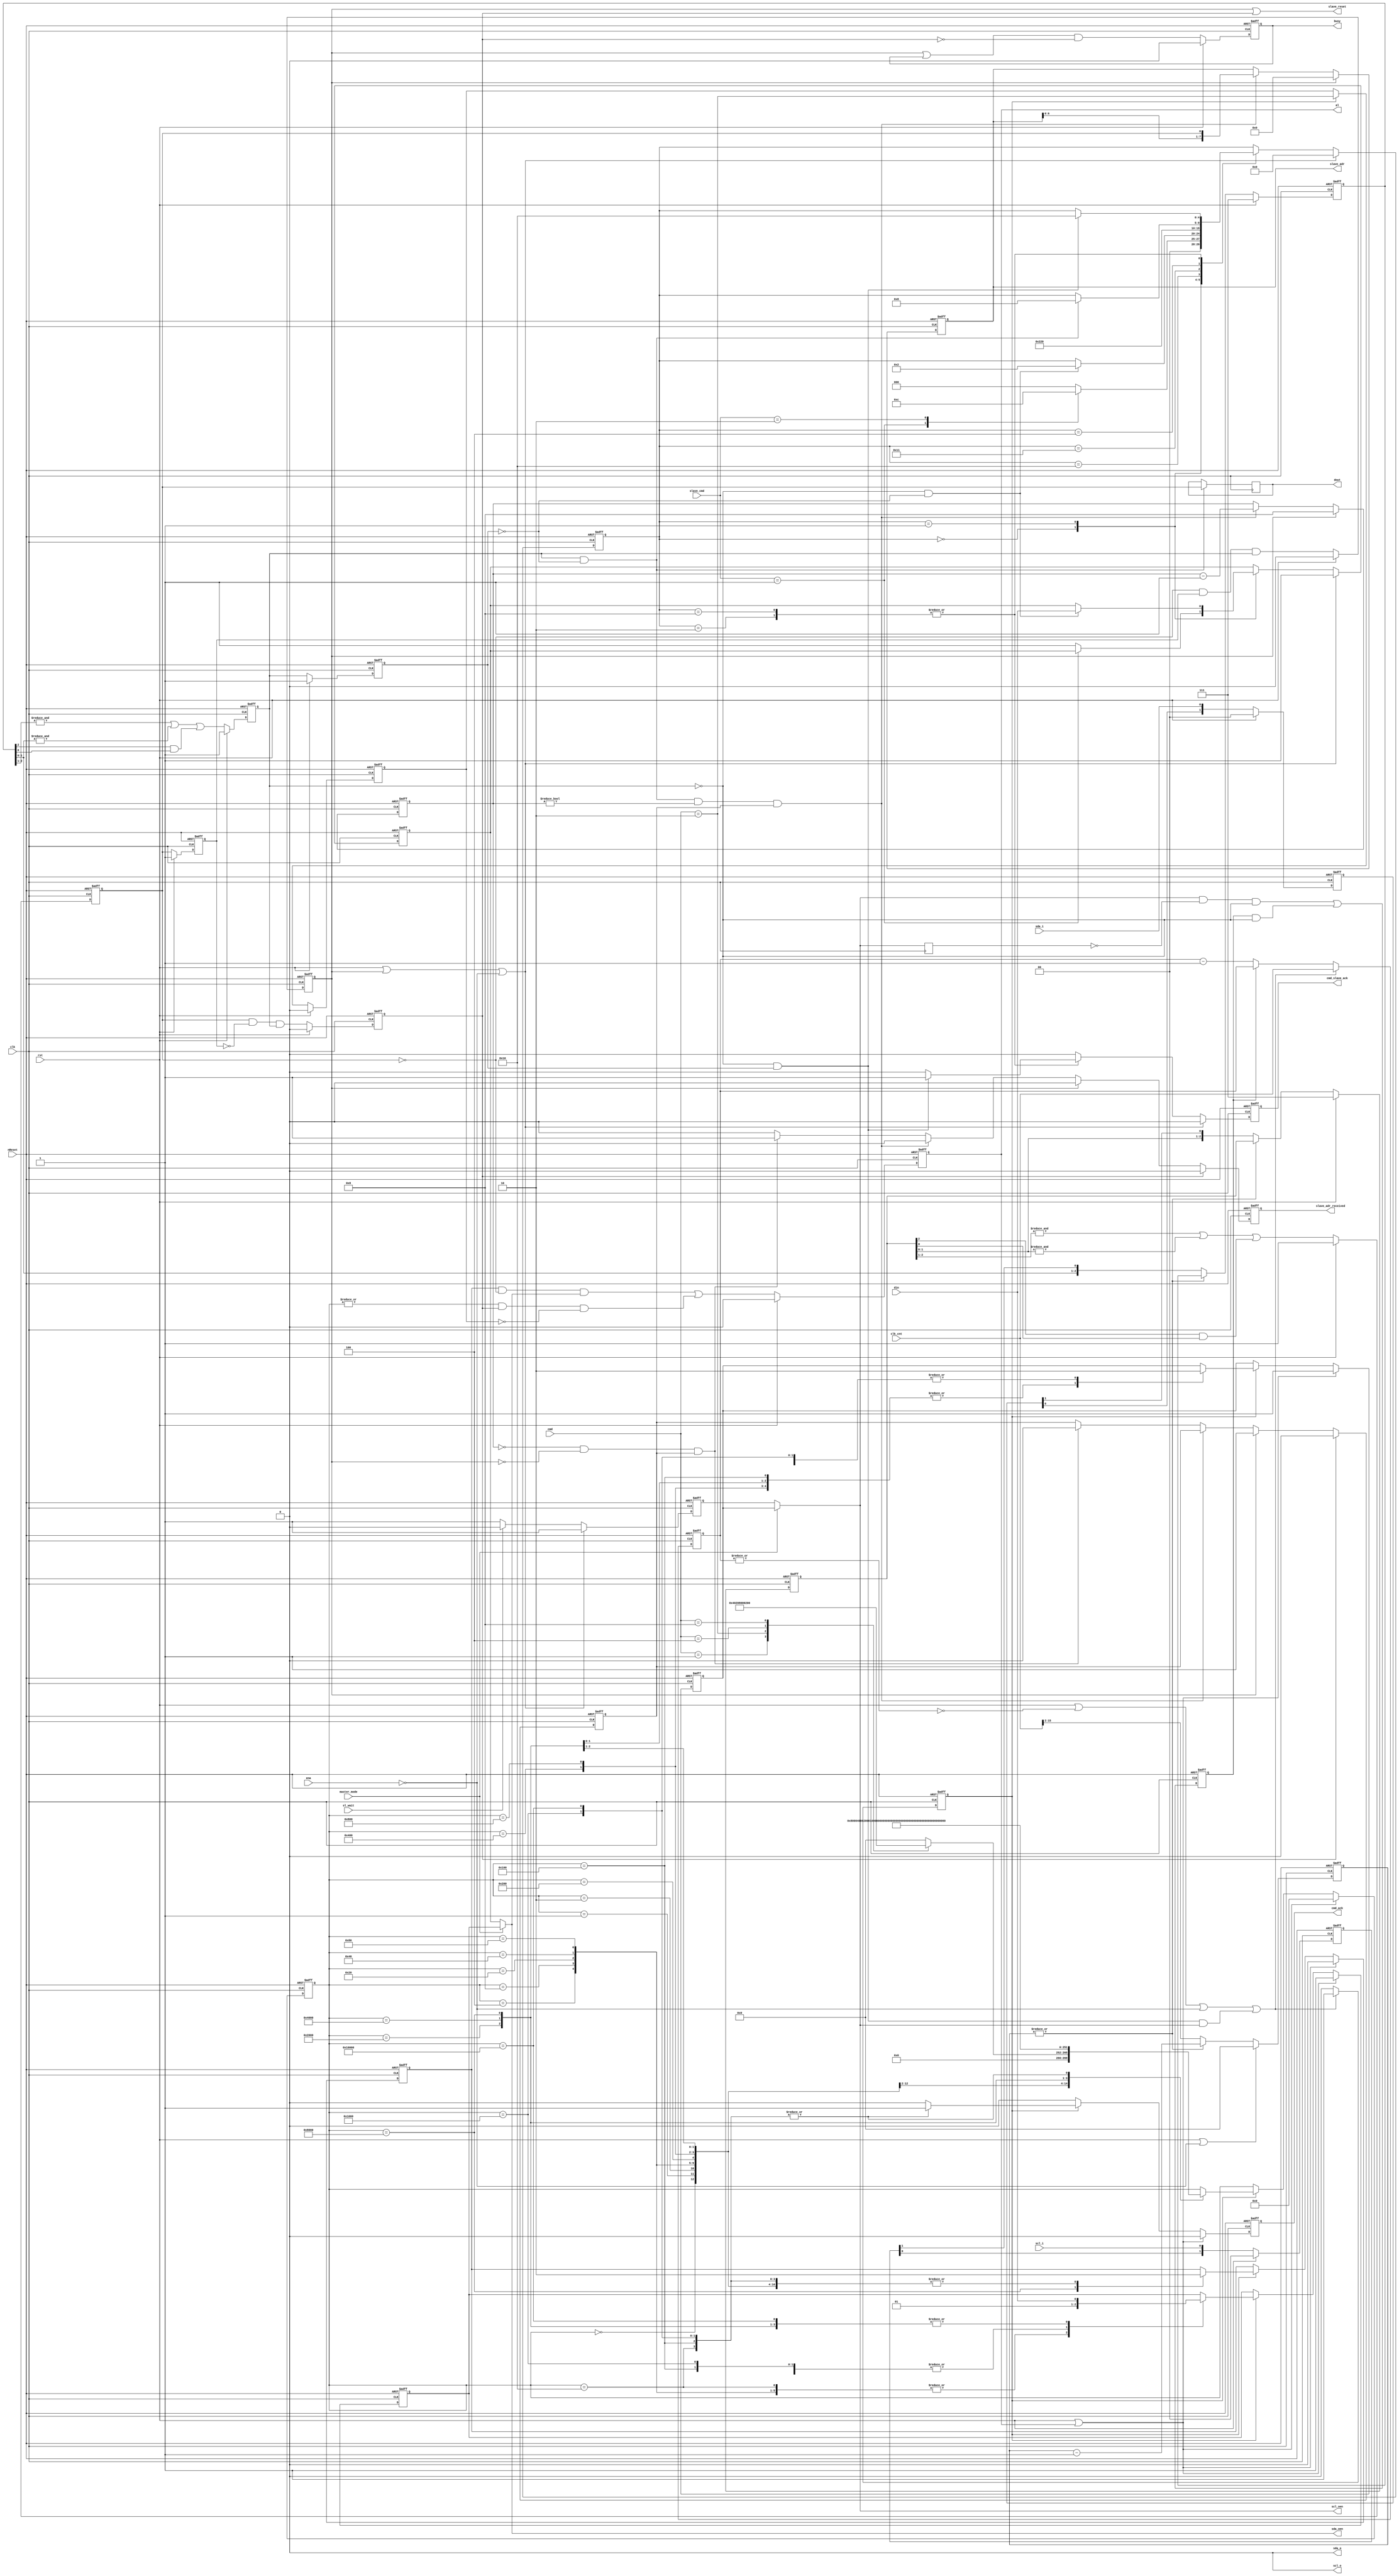
/////////////////////////////////////////////////////////////////////
////                                                             ////
////  WISHBONE rev.B2 compliant I2C Master controller defines    ////
////                                                             ////
////                                                             ////
////          richard@asics.ws                                   ////
////          www.asics.ws                                       ////
////                                                             ////
////  Downloaded from: http://www.opencores.org/projects/i2c/    ////
////                                                             ////
/////////////////////////////////////////////////////////////////////
////                                                             ////
//// Copyright (C) 2001 Richard Herveille                        ////
////                    richard@asics.ws                         ////
////                                                             ////
//// This source file may be used and distributed without        ////
//// restriction provided that this copyright statement is not   ////
//// removed from the file and that any derivative work contains ////
//// the original copyright notice and the associated disclaimer.////
////                                                             ////
////     THIS SOFTWARE IS PROVIDED ``AS IS'' AND WITHOUT ANY     ////
//// EXPRESS OR IMPLIED WARRANTIES, INCLUDING, BUT NOT LIMITED   ////
//// TO, THE IMPLIED WARRANTIES OF MERCHANTABILITY AND FITNESS   ////
//// FOR A PARTICULAR PURPOSE. IN NO EVENT SHALL THE AUTHOR      ////
//// OR CONTRIBUTORS BE LIABLE FOR ANY DIRECT, INDIRECT,         ////
//// INCIDENTAL, SPECIAL, EXEMPLARY, OR CONSEQUENTIAL DAMAGES    ////
//// (INCLUDING, BUT NOT LIMITED TO, PROCUREMENT OF SUBSTITUTE   ////
//// GOODS OR SERVICES; LOSS OF USE, DATA, OR PROFITS; OR        ////
//// BUSINESS INTERRUPTION) HOWEVER CAUSED AND ON ANY THEORY OF  ////
//// LIABILITY, WHETHER IN  CONTRACT, STRICT LIABILITY, OR TORT  ////
//// (INCLUDING NEGLIGENCE OR OTHERWISE) ARISING IN ANY WAY OUT  ////
//// OF THE USE OF THIS SOFTWARE, EVEN IF ADVISED OF THE         ////
//// POSSIBILITY OF SUCH DAMAGE.                                 ////
////                                                             ////
/////////////////////////////////////////////////////////////////////

//  CVS Log
//
//  $Id: i2c_master_defines.v,v 1.3 2001-11-05 11:59:25 rherveille Exp $
//
//  $Date: 2001-11-05 11:59:25 $
//  $Revision: 1.3 $
//  $Author: rherveille $
//  $Locker:  $
//  $State: Exp $
//
// Change History:
//               $Log: not supported by cvs2svn $


// I2C registers wishbone addresses

// bitcontroller states
`define I2C_CMD_NOP   4'b0000
`define I2C_CMD_START 4'b0001
`define I2C_CMD_STOP  4'b0010
`define I2C_CMD_WRITE 4'b0100
`define I2C_CMD_READ  4'b1000

`define I2C_SLAVE_CMD_WRITE 2'b01
`define I2C_SLAVE_CMD_READ 2'b10
`define I2C_SLAVE_CMD_NOP 2'b00
/////////////////////////////////////////////////////////////////////
////                                                             ////
////  WISHBONE rev.B2 compliant I2C Master bit-controller        ////
////                                                             ////
////                                                             ////
////          richard@asics.ws                                   ////
////          www.asics.ws                                       ////
////                                                             ////
////  Downloaded from: http://www.opencores.org/projects/i2c/    ////
////                                                             ////
/////////////////////////////////////////////////////////////////////
////                                                             ////
//// Copyright (C) 2001 Richard Herveille                        ////
////                    richard@asics.ws                         ////
////                                                             ////
//// This source file may be used and distributed without        ////
//// restriction provided that this copyright statement is not   ////
//// removed from the file and that any derivative work contains ////
//// the original copyright notice and the associated disclaimer.////
////                                                             ////
////     THIS SOFTWARE IS PROVIDED ``AS IS'' AND WITHOUT ANY     ////
//// EXPRESS OR IMPLIED WARRANTIES, INCLUDING, BUT NOT LIMITED   ////
//// TO, THE IMPLIED WARRANTIES OF MERCHANTABILITY AND FITNESS   ////
//// FOR A PARTICULAR PURPOSE. IN NO EVENT SHALL THE AUTHOR      ////
//// OR CONTRIBUTORS BE LIABLE FOR ANY DIRECT, INDIRECT,         ////
//// INCIDENTAL, SPECIAL, EXEMPLARY, OR CONSEQUENTIAL DAMAGES    ////
//// (INCLUDING, BUT NOT LIMITED TO, PROCUREMENT OF SUBSTITUTE   ////
//// GOODS OR SERVICES; LOSS OF USE, DATA, OR PROFITS; OR        ////
//// BUSINESS INTERRUPTION) HOWEVER CAUSED AND ON ANY THEORY OF  ////
//// LIABILITY, WHETHER IN  CONTRACT, STRICT LIABILITY, OR TORT  ////
//// (INCLUDING NEGLIGENCE OR OTHERWISE) ARISING IN ANY WAY OUT  ////
//// OF THE USE OF THIS SOFTWARE, EVEN IF ADVISED OF THE         ////
//// POSSIBILITY OF SUCH DAMAGE.                                 ////
////                                                             ////
/////////////////////////////////////////////////////////////////////

//  CVS Log
//
//  $Id: i2c_master_bit_ctrl.v,v 1.14 2009-01-20 10:25:29 rherveille Exp $
//
//  $Date: 2009-01-20 10:25:29 $
//  $Revision: 1.14 $
//  $Author: rherveille $
//  $Locker:  $
//  $State: Exp $
//
// Change History:
//               $Log: $
//               Revision 1.14  2009/01/20 10:25:29  rherveille
//               Added clock synchronization logic
//               Fixed slave_wait signal
//
//               Revision 1.13  2009/01/19 20:29:26  rherveille
//               Fixed synopsys miss spell (synopsis)
//               Fixed cr[0] register width
//               Fixed ! usage instead of ~
//               Fixed bit controller parameter width to 18bits
//
//               Revision 1.12  2006/09/04 09:08:13  rherveille
//               fixed short scl high pulse after clock stretch
//               fixed slave model not returning correct '(n)ack' signal
//
//               Revision 1.11  2004/05/07 11:02:26  rherveille
//               Fixed a bug where the core would signal an arbitration lost (AL bit set), when another master controls the bus and the other master generates a STOP bit.
//
//               Revision 1.10  2003/08/09 07:01:33  rherveille
//               Fixed a bug in the Arbitration Lost generation caused by delay on the (external) sda line.
//               Fixed a potential bug in the byte controller's host-acknowledge generation.
//
//               Revision 1.9  2003/03/10 14:26:37  rherveille
//               Fixed cmd_ack generation item (no bug).
//
//               Revision 1.8  2003/02/05 00:06:10  rherveille
//               Fixed a bug where the core would trigger an erroneous 'arbitration lost' interrupt after being reset, when the reset pulse width < 3 clk cycles.
//
//               Revision 1.7  2002/12/26 16:05:12  rherveille
//               Small code simplifications
//
//               Revision 1.6  2002/12/26 15:02:32  rherveille
//               Core is now a Multimaster I2C controller
//
//               Revision 1.5  2002/11/30 22:24:40  rherveille
//               Cleaned up code
//
//               Revision 1.4  2002/10/30 18:10:07  rherveille
//               Fixed some reported minor start/stop generation timing issuess.
//
//               Revision 1.3  2002/06/15 07:37:03  rherveille
//               Fixed a small timing bug in the bit controller.\nAdded verilog simulation environment.
//
//               Revision 1.2  2001/11/05 11:59:25  rherveille
//               Fixed wb_ack_o generation bug.
//               Fixed bug in the byte_controller statemachine.
//               Added headers.
//

//
/////////////////////////////////////
// Bit controller section
/////////////////////////////////////
//
// Translate simple commands into SCL/SDA transitions
// Each command has 5 states, A/B/C/D/idle
//
// start:	SCL	~~~~~~~~~~\____
//	SDA	~~~~~~~~\______
//		 x | A | B | C | D | i
//
// repstart	SCL	____/~~~~\___
//	SDA	__/~~~\______
//		 x | A | B | C | D | i
//
// stop	SCL	____/~~~~~~~~
//	SDA	==\____/~~~~~
//		 x | A | B | C | D | i
//
//- write	SCL	____/~~~~\____
//	SDA	==X=========X=
//		 x | A | B | C | D | i
//
//- read	SCL	____/~~~~\____
//	SDA	XXXX=====XXXX
//		 x | A | B | C | D | i
//

// Timing:     Normal mode      Fast mode
///////////////////////////////////////////////////////////////////////
// Fscl        100KHz           400KHz
// Th_scl      4.0us            0.6us   High period of SCL
// Tl_scl      4.7us            1.3us   Low period of SCL
// Tsu:sta     4.7us            0.6us   setup time for a repeated start condition
// Tsu:sto     4.0us            0.6us   setup time for a stop conditon
// Tbuf        4.7us            1.3us   Bus free time between a stop and start condition
//

// `include "i2c_master_defines.v"

module i2c_master_bit_ctrl (
    input             clk,      // system clock
    input             rst,      // synchronous active high reset
    input             nReset,   // asynchronous active low reset
    input             ena,      // core enable signal

    input      [15:0] clk_cnt,  // clock prescale value

    input      [ 3:0] cmd,      // command (from byte controller)
    output reg        cmd_ack,  // command complete acknowledge
    output reg        busy,     // i2c bus busy
    output reg        al,       // i2c bus arbitration lost

    input             din,
    output reg        dout,

    input             scl_i,    // i2c clock line input
    output            scl_o,    // i2c clock line output
    output            scl_oen,  // i2c clock line output enable (active low)
    input             sda_i,    // i2c data line input
    output            sda_o,    // i2c data line output
    output            sda_oen,  // i2c data line output enable (active low)

    output reg        slave_adr_received,
    output reg [7:0]  slave_adr,
    input             master_mode,
    output reg        cmd_slave_ack,
    input [1:0]       slave_cmd ,
    input             sl_wait,
    output            slave_reset

);


    //
    // variable declarations
    //

    reg [ 1:0] cSCL, cSDA;      // capture SCL and SDA
    reg [ 2:0] fSCL, fSDA;      // SCL and SDA filter inputs
    reg        sSCL, sSDA;      // filtered and synchronized SCL and SDA inputs
    reg        dSCL, dSDA;      // delayed versions of sSCL and sSDA
    reg        dscl_oen;        // delayed scl_oen
    reg        sda_chk;         // check SDA output (Multi-master arbitration)
    reg        clk_en;          // clock generation signals
    reg        slave_wait;      // slave inserts wait states
    reg [15:0] cnt;             // clock divider counter (synthesis)
    reg [13:0] filter_cnt;      // clock divider for filter


    // state machine variable
    reg [17:0] c_state; // synopsys enum_state
    reg [4:0] 	      slave_state;
    //
    // module body
    //

    // whenever the slave is not ready it can delay the cycle by pulling SCL low
    // delay scl_oen
    always @(posedge clk)
      dscl_oen <= scl_oen;

    // slave_wait is asserted when master wants to drive SCL high, but the slave pulls it low
    // slave_wait remains asserted until the slave releases SCL
    always @(posedge clk or negedge nReset)
      if (!nReset) slave_wait <= 1'b0;
      else         slave_wait <= (scl_oen & ~dscl_oen & ~sSCL) | (slave_wait & ~sSCL);

    // master drives SCL high, but another master pulls it low
    // master start counting down its low cycle now (clock synchronization)
    wire scl_sync   = dSCL & ~sSCL & scl_oen;


    // generate clk enable signal
    always @(posedge clk or negedge nReset)
      if (~nReset)
      begin
          cnt    <= 16'h0;
          clk_en <= 1'b1;
      end
      else if (rst || ~|cnt || !ena || scl_sync)
      begin
          cnt    <= clk_cnt;
          clk_en <= 1'b1;
      end
      else if (slave_wait)
      begin
          cnt    <= cnt;
          clk_en <= 1'b0;
      end
      else
      begin
          cnt    <= cnt - 16'h1;
          clk_en <= 1'b0;
      end


    // generate bus status controller

    // capture SDA and SCL
    // reduce metastability risk
    always @(posedge clk or negedge nReset)
      if (!nReset)
      begin
          cSCL <= 2'b00;
          cSDA <= 2'b00;
      end
      else if (rst)
      begin
          cSCL <= 2'b00;
          cSDA <= 2'b00;
      end
      else
      begin
          cSCL <= {cSCL[0],scl_i};
          cSDA <= {cSDA[0],sda_i};
      end


    // filter SCL and SDA signals; (attempt to) remove glitches
    always @(posedge clk or negedge nReset)
      if      (!nReset     ) filter_cnt <= 14'h0;
      else if (rst || !ena ) filter_cnt <= 14'h0;
      else if (~|filter_cnt) filter_cnt <= clk_cnt[15:2]; //16x I2C bus frequency
      else                   filter_cnt <= filter_cnt -14'd1;


    always @(posedge clk or negedge nReset)
      if (!nReset)
      begin
          fSCL <= 3'b111;
          fSDA <= 3'b111;
      end
      else if (rst)
      begin
          fSCL <= 3'b111;
          fSDA <= 3'b111;
      end
      else if (~|filter_cnt)
      begin
          fSCL <= {fSCL[1:0],cSCL[1]};
          fSDA <= {fSDA[1:0],cSDA[1]};
      end


    // generate filtered SCL and SDA signals
    always @(posedge clk or negedge nReset)
      if (~nReset)
      begin
          sSCL <= 1'b1;
          sSDA <= 1'b1;

          dSCL <= 1'b1;
          dSDA <= 1'b1;
      end
      else if (rst)
      begin
          sSCL <= 1'b1;
          sSDA <= 1'b1;

          dSCL <= 1'b1;
          dSDA <= 1'b1;
      end
      else
      begin
          sSCL <= &fSCL[2:1] | &fSCL[1:0] | (fSCL[2] & fSCL[0]);
          sSDA <= &fSDA[2:1] | &fSDA[1:0] | (fSDA[2] & fSDA[0]);

          dSCL <= sSCL;
          dSDA <= sSDA;
      end

    // detect start condition => detect falling edge on SDA while SCL is high
    // detect stop condition => detect rising edge on SDA while SCL is high
    reg sta_condition;
    reg sto_condition;

    always @(posedge clk or negedge nReset)
      if (~nReset)
      begin
          sta_condition <= 1'b0;
          sto_condition <= 1'b0;
      end
      else if (rst)
      begin
          sta_condition <= 1'b0;
          sto_condition <= 1'b0;
      end
      else
      begin
          sta_condition <= ~sSDA &  dSDA & sSCL;
          sto_condition <=  sSDA & ~dSDA & sSCL;
      end


    // generate i2c bus busy signal
    always @(posedge clk or negedge nReset)
      if      (!nReset) busy <= 1'b0;
      else if (rst    ) busy <= 1'b0;
      else              busy <= (sta_condition | busy) & ~sto_condition;


    // generate arbitration lost signal
    // aribitration lost when:
    // 1) master drives SDA high, but the i2c bus is low
    // 2) stop detected while not requested
    reg cmd_stop;
    always @(posedge clk or negedge nReset)
      if (~nReset)
          cmd_stop <= 1'b0;
      else if (rst)
          cmd_stop <= 1'b0;
      else if (clk_en)
          cmd_stop <= cmd == `I2C_CMD_STOP;

    always @(posedge clk or negedge nReset)
      if (~nReset)
          al <= 1'b0;
      else if (rst)
          al <= 1'b0;
      else
          al <= (sda_chk & ~sSDA & sda_oen) | (|c_state & sto_condition & ~cmd_stop);


    // generate dout signal (store SDA on rising edge of SCL)
    always @(posedge clk)
      if (sSCL & ~dSCL) dout <= sSDA;


    // generate statemachine

    // nxt_state decoder
    parameter [17:0] idle    = 18'b0_0000_0000_0000_0000;
    parameter [17:0] start_a = 18'b0_0000_0000_0000_0001;
    parameter [17:0] start_b = 18'b0_0000_0000_0000_0010;
    parameter [17:0] start_c = 18'b0_0000_0000_0000_0100;
    parameter [17:0] start_d = 18'b0_0000_0000_0000_1000;
    parameter [17:0] start_e = 18'b0_0000_0000_0001_0000;
    parameter [17:0] stop_a  = 18'b0_0000_0000_0010_0000;
    parameter [17:0] stop_b  = 18'b0_0000_0000_0100_0000;
    parameter [17:0] stop_c  = 18'b0_0000_0000_1000_0000;
    parameter [17:0] stop_d  = 18'b0_0000_0001_0000_0000;
    parameter [17:0] rd_a    = 18'b0_0000_0010_0000_0000;
    parameter [17:0] rd_b    = 18'b0_0000_0100_0000_0000;
    parameter [17:0] rd_c    = 18'b0_0000_1000_0000_0000;
    parameter [17:0] rd_d    = 18'b0_0001_0000_0000_0000;
    parameter [17:0] wr_a    = 18'b0_0010_0000_0000_0000;
    parameter [17:0] wr_b    = 18'b0_0100_0000_0000_0000;
    parameter [17:0] wr_c    = 18'b0_1000_0000_0000_0000;
    parameter [17:0] wr_d    = 18'b1_0000_0000_0000_0000;

    reg scl_oen_master ;
    reg sda_oen_master ;
    reg sda_oen_slave;
    reg scl_oen_slave;

    always @(posedge clk or negedge nReset)
      if (!nReset)
      begin
          c_state <= idle;
          cmd_ack <= 1'b0;
          scl_oen_master <=  1'b1;
          sda_oen_master <=  1'b1;
          sda_chk <= 1'b0;
      end
      else if (rst | al)
      begin
          c_state <= idle;
          cmd_ack <= 1'b0;
          scl_oen_master <=  1'b1;
          sda_oen_master <=  1'b1;
          sda_chk <= 1'b0;
      end
      else
      begin
          cmd_ack   <= 1'b0; // default no command acknowledge + assert cmd_ack only 1clk cycle

          if (clk_en)
              case (c_state) // synopsys full_case parallel_case
                    // idle state
                    idle:
                    begin
                        case (cmd) // synopsys full_case parallel_case
                             `I2C_CMD_START: c_state <= start_a;
                             `I2C_CMD_STOP:  c_state <= stop_a;
                             `I2C_CMD_WRITE: c_state <= wr_a;
                             `I2C_CMD_READ:  c_state <= rd_a;
                             default:        c_state <= idle;
                        endcase

                        scl_oen_master <= scl_oen_master; // keep SCL in same state
                        sda_oen_master <= sda_oen_master; // keep SDA in same state
                        sda_chk <= 1'b0;    // don't check SDA output
                    end

                    // start
                    start_a:
                    begin
                        c_state <= start_b;
                        scl_oen_master <= scl_oen_master; // keep SCL in same state
                        sda_oen_master <= 1'b1;    // set SDA high
                        sda_chk <= 1'b0;    // don't check SDA output
                    end

                    start_b:
                    begin
                        c_state <= start_c;
                        scl_oen_master <= 1'b1; // set SCL high
                        sda_oen_master <= 1'b1; // keep SDA high
                        sda_chk <= 1'b0; // don't check SDA output
                    end

                    start_c:
                    begin
                        c_state <= start_d;
                        scl_oen_master <= 1'b1; // keep SCL high
                        sda_oen_master <= 1'b0; // set SDA low
                        sda_chk <= 1'b0; // don't check SDA output
                    end

                    start_d:
                    begin
                        c_state <= start_e;
                        scl_oen_master <= 1'b1; // keep SCL high
                        sda_oen_master <= 1'b0; // keep SDA low
                        sda_chk <= 1'b0; // don't check SDA output
                    end

                    start_e:
                    begin
                        c_state <= idle;
                        cmd_ack <= 1'b1;
                        scl_oen_master <= 1'b0; // set SCL low
                        sda_oen_master <= 1'b0; // keep SDA low
                        sda_chk <= 1'b0; // don't check SDA output
                    end

                    // stop
                    stop_a:
                    begin
                        c_state <= stop_b;
                        scl_oen_master <= 1'b0; // keep SCL low
                        sda_oen_master <= 1'b0; // set SDA low
                        sda_chk <= 1'b0; // don't check SDA output
                    end

                    stop_b:
                    begin
                        c_state <= stop_c;
                        scl_oen_master <= 1'b1; // set SCL high
                        sda_oen_master <= 1'b0; // keep SDA low
                        sda_chk <= 1'b0; // don't check SDA output
                    end

                    stop_c:
                    begin
                        c_state <= stop_d;
                        scl_oen_master <= 1'b1; // keep SCL high
                        sda_oen_master <= 1'b0; // keep SDA low
                        sda_chk <= 1'b0; // don't check SDA output
                    end

                    stop_d:
                    begin
                        c_state <= idle;
                        cmd_ack <= 1'b1;
                        scl_oen_master <= 1'b1; // keep SCL high
                        sda_oen_master <= 1'b1; // set SDA high
                        sda_chk <= 1'b0; // don't check SDA output
                    end

                    // read
                    rd_a:
                    begin
                        c_state <= rd_b;
                        scl_oen_master <= 1'b0; // keep SCL low
                        sda_oen_master <= 1'b1; // tri-state SDA
                        sda_chk <= 1'b0; // don't check SDA output
                    end

                    rd_b:
                    begin
                        c_state <= rd_c;
                        scl_oen_master <= 1'b1; // set SCL high
                        sda_oen_master <= 1'b1; // keep SDA tri-stated
                        sda_chk <= 1'b0; // don't check SDA output
                    end

                    rd_c:
                    begin
                        c_state <= rd_d;
                        scl_oen_master <= 1'b1; // keep SCL high
                        sda_oen_master <= 1'b1; // keep SDA tri-stated
                        sda_chk <= 1'b0; // don't check SDA output
                    end

                    rd_d:
                    begin
                        c_state <= idle;
                        cmd_ack <= 1'b1;
                        scl_oen_master <= 1'b0; // set SCL low
                        sda_oen_master <= 1'b1; // keep SDA tri-stated
                        sda_chk <= 1'b0; // don't check SDA output
                    end

                    // write
                    wr_a:
                    begin
                        c_state <= wr_b;
                        scl_oen_master <= 1'b0; // keep SCL low
                        sda_oen_master <= din;  // set SDA
                        sda_chk <= 1'b0; // don't check SDA output (SCL low)
                    end

                    wr_b:
                    begin
                        c_state <= wr_c;
                        scl_oen_master <= 1'b1; // set SCL high
                        sda_oen_master <= din;  // keep SDA
                        sda_chk <= 1'b0; // don't check SDA output yet
                                            // allow some time for SDA and SCL to settle
                    end

                    wr_c:
                    begin
                        c_state <= wr_d;
                        scl_oen_master <= 1'b1; // keep SCL high
                        sda_oen_master <= din;
                        sda_chk <= 1'b1; // check SDA output
                    end

                    wr_d:
                    begin
                        c_state <= idle;
                        cmd_ack <= 1'b1;
                        scl_oen_master <= 1'b0; // set SCL low
                        sda_oen_master <= din;
                        sda_chk <= 1'b0; // don't check SDA output (SCL low)
                    end

              endcase
      end

   //----------Addition for slave mode...
   reg [3:0] slave_cnt;

   //The SCL can only be driven when Master mode

   assign sda_oen = master_mode ? sda_oen_master : sda_oen_slave ;
   assign scl_oen = master_mode ? scl_oen_master : scl_oen_slave ;
   reg 	     slave_act;
   reg 	     slave_adr_received_d;

   //A 1 cycle pulse slave_adr_recived is generated when a slave adress is recvied after a startcommand.

   always @(posedge clk or negedge nReset)
     if (!nReset) begin
	slave_adr <=  8'h0;
	slave_cnt <=  4'h8;
	slave_adr_received <=  1'b0;
	slave_act <=  1'b0;
     end
     else begin
	slave_adr_received <=  1'b0;

	if ((sSCL & ~dSCL) && slave_cnt != 4'h0 && slave_act)	 begin
	   slave_adr <=  {slave_adr[6:0], sSDA};
	   slave_cnt <=  slave_cnt -4'd1;
	end
	else if (slave_cnt == 4'h0 && !sta_condition && slave_act) begin
	   slave_adr_received <=  1'b1;
	   slave_act <=  1'b0;
	end

	if (sta_condition) begin
	   slave_cnt <=  4'h8;
	   slave_adr <=  8'h0;
	   slave_adr_received <=  1'b0;
	   slave_act <=  1'b1;
	end
	if(sto_condition) begin
	   slave_adr_received <=  1'b0;
	   slave_act <=  1'b0;
	end
     end



   parameter [4:0] slave_idle    = 5'b0_0000;
   parameter [4:0] slave_wr      = 5'b0_0001;
   parameter [4:0] slave_wr_a    = 5'b0_0010;
   parameter [4:0] slave_rd      = 5'b0_0100;
   parameter [4:0] slave_rd_a    = 5'b0_1000;
   parameter [4:0] slave_wait_next_cmd_1   = 5'b1_0000;
   parameter [4:0] slave_wait_next_cmd_2   = 5'b1_0001;

   always @(posedge clk or negedge nReset)
     if (!nReset)
       begin
          slave_state <=  slave_idle;
          cmd_slave_ack   <=  1'b0;
          sda_oen_slave   <=  1'b1;
          scl_oen_slave   <=  1'b1;
       end
     else if (rst | sta_condition || !ena)
       begin
          slave_state <=  slave_idle;
          cmd_slave_ack   <=  1'b0;
          sda_oen_slave   <=  1'b1;
          scl_oen_slave   <=  1'b1;
       end
     else
       begin
          cmd_slave_ack   <=  1'b0; // default no command acknowledge + assert cmd_ack only 1clk cycle

          if (sl_wait)
            scl_oen_slave   <=  1'b0;
          else
            scl_oen_slave   <=  1'b1;

          case (slave_state)
            slave_idle:

              begin

                 case (slave_cmd) // synopsys full_case parallel_case
                   `I2C_SLAVE_CMD_WRITE: slave_state <=  slave_wr;
                   `I2C_SLAVE_CMD_READ:
		     begin
			slave_state <=  slave_rd;
			// Restore SDA high here in case we're got it low
			sda_oen_slave <=  1'b1;
		     end
                   default:
		     begin
			slave_state <=  slave_idle;
			sda_oen_slave <=  1'b1; // Moved this here, JB
		     end
                 endcase
              end

            slave_wr:
              begin
                 if (~sSCL & ~dSCL)  begin //SCL == LOW
                    slave_state <=  slave_wr_a;
                    sda_oen_slave <=  din;
                 end
              end

            slave_wr_a:
              begin
                 if (~sSCL & dSCL)  begin //SCL FALLING EDGE
                    cmd_slave_ack <=  1'b1;
                    slave_state <=  slave_wait_next_cmd_1;
                 end
              end

	    slave_wait_next_cmd_1:
              slave_state <=  slave_wait_next_cmd_2;

	    slave_wait_next_cmd_2:
              slave_state <=  slave_idle;


            slave_rd:
              begin
                 if (sSCL & ~dSCL)  begin   // SCL Rising edge
                    slave_state <=  slave_rd_a;
                 end
              end

            slave_rd_a:
              begin
                 if (~sSCL & dSCL)  begin       // SCL falling edge
                    cmd_slave_ack <=  1'b1;
                    slave_state <=  slave_wait_next_cmd_1;
                 end
              end
          endcase // case (slave_state)
       end

   assign slave_reset = sta_condition | sto_condition;

    // assign scl and sda output (always gnd)
    assign scl_o = 1'b0;
    assign sda_o = 1'b0;

endmodule
/////////////////////////////////////////////////////////////////////
////                                                             ////
////  WISHBONE rev.B2 compliant I2C Master byte-controller       ////
////                                                             ////
////                                                             ////
////          richard@asics.ws                                   ////
////          www.asics.ws                                       ////
////                                                             ////
////  Downloaded from: http://www.opencores.org/projects/i2c/    ////
////                                                             ////
/////////////////////////////////////////////////////////////////////
////                                                             ////
//// Copyright (C) 2001 Richard Herveille                        ////
////                    richard@asics.ws                         ////
////                                                             ////
//// This source file may be used and distributed without        ////
//// restriction provided that this copyright statement is not   ////
//// removed from the file and that any derivative work contains ////
//// the original copyright notice and the associated disclaimer.////
////                                                             ////
////     THIS SOFTWARE IS PROVIDED ``AS IS'' AND WITHOUT ANY     ////
//// EXPRESS OR IMPLIED WARRANTIES, INCLUDING, BUT NOT LIMITED   ////
//// TO, THE IMPLIED WARRANTIES OF MERCHANTABILITY AND FITNESS   ////
//// FOR A PARTICULAR PURPOSE. IN NO EVENT SHALL THE AUTHOR      ////
//// OR CONTRIBUTORS BE LIABLE FOR ANY DIRECT, INDIRECT,         ////
//// INCIDENTAL, SPECIAL, EXEMPLARY, OR CONSEQUENTIAL DAMAGES    ////
//// (INCLUDING, BUT NOT LIMITED TO, PROCUREMENT OF SUBSTITUTE   ////
//// GOODS OR SERVICES; LOSS OF USE, DATA, OR PROFITS; OR        ////
//// BUSINESS INTERRUPTION) HOWEVER CAUSED AND ON ANY THEORY OF  ////
//// LIABILITY, WHETHER IN  CONTRACT, STRICT LIABILITY, OR TORT  ////
//// (INCLUDING NEGLIGENCE OR OTHERWISE) ARISING IN ANY WAY OUT  ////
//// OF THE USE OF THIS SOFTWARE, EVEN IF ADVISED OF THE         ////
//// POSSIBILITY OF SUCH DAMAGE.                                 ////
////                                                             ////
/////////////////////////////////////////////////////////////////////

//  CVS Log
//
//  $Id: i2c_master_byte_ctrl.v,v 1.8 2009-01-19 20:29:26 rherveille Exp $
//
//  $Date: 2009-01-19 20:29:26 $
//  $Revision: 1.8 $
//  $Author: rherveille $
//  $Locker:  $
//  $State: Exp $
//
// Change History:
//               $Log: not supported by cvs2svn $
//               Revision 1.7  2004/02/18 11:40:46  rherveille
//               Fixed a potential bug in the statemachine. During a 'stop' 2 cmd_ack signals were generated. Possibly canceling a new start command.
//
//               Revision 1.6  2003/08/09 07:01:33  rherveille
//               Fixed a bug in the Arbitration Lost generation caused by delay on the (external) sda line.
//               Fixed a potential bug in the byte controller's host-acknowledge generation.
//
//               Revision 1.5  2002/12/26 15:02:32  rherveille
//               Core is now a Multimaster I2C controller
//
//               Revision 1.4  2002/11/30 22:24:40  rherveille
//               Cleaned up code
//
//               Revision 1.3  2001/11/05 11:59:25  rherveille
//               Fixed wb_ack_o generation bug.
//               Fixed bug in the byte_controller statemachine.
//               Added headers.
//

// `include "i2c_master_defines.v"

module i2c_master_byte_ctrl
  (
   clk, my_addr, rst, nReset, ena, clk_cnt, start, stop, read, write, ack_in,
   din, cmd_ack, ack_out, dout, i2c_busy, i2c_al, scl_i, sl_cont, scl_o,
   scl_oen, sda_i, sda_o, sda_oen,slave_dat_req, slave_en, slave_dat_avail,
   slave_act, slave_cmd_ack
   );


	//
	// inputs & outputs
	//
	input clk;     // master clock
    input [6:0] my_addr; // Slave address input
	input rst;     // synchronous active high reset
	input nReset;  // asynchronous active low reset
	input ena;     // core enable signal
    input sl_cont;
	input [15:0] clk_cnt; // 4x SCL

	// control inputs
	input       start;
	input       stop;
	input       read;
	input       write;
	input       ack_in;
	input [7:0] din;

	// status outputs
	output       cmd_ack;
	reg cmd_ack;
	output       ack_out;
	reg ack_out;
	output       i2c_busy;
	output       i2c_al;
	output [7:0] dout;

	// I2C signals
	input  scl_i;
	output scl_o;
	output scl_oen;
	input  sda_i;
	output sda_o;
	output sda_oen;
    input 	slave_en;
    output reg 	slave_dat_req;
    output reg 	slave_dat_avail;
    output reg 	slave_act;
    output reg 	slave_cmd_ack;
	//
	// Variable declarations
	//

	// statemachine
    parameter [9:0] ST_IDLE       = 10'b00_0000_0000;
    parameter [9:0] ST_START      = 10'b00_0000_0001;
    parameter [9:0] ST_READ       = 10'b00_0000_0010;
    parameter [9:0] ST_WRITE      = 10'b00_0000_0100;
    parameter [9:0] ST_ACK        = 10'b00_0000_1000;
    parameter [9:0] ST_STOP       = 10'b00_0001_0000;
    parameter [9:0] ST_SL_ACK     = 10'b00_0010_0000;
    parameter [9:0] ST_SL_RD      = 10'b00_0100_0000;
    parameter [9:0] ST_SL_WR      = 10'b00_1000_0000;
    parameter [9:0] ST_SL_WAIT    = 10'b01_0000_0000;
    parameter [9:0] ST_SL_PRELOAD = 10'b10_0000_0000;


	reg        sl_wait;
	// signals for bit_controller
	wire [6:0] my_addr;
	reg  [3:0] core_cmd;
	reg        core_txd;
	wire       core_ack, core_rxd;
	wire   	   sl_cont;

	// signals for shift register
	reg [7:0] sr; //8bit shift register
	reg       shift, ld;
	reg 	  master_mode;
	reg [1:0] slave_cmd_out;
	// signals for state machine
	wire       go;
	reg  [2:0] dcnt;
	wire       cnt_done;
	wire       slave_ack;
	wire       slave_reset;


	//Slave signals
	wire        slave_adr_received;
	wire [7:0] 	slave_adr;


   reg [1:0] 	slave_cmd;
	//
	// Module body
	//

	// hookup bit_controller
	i2c_master_bit_ctrl bit_controller (
		.clk     ( clk      ),
		.rst     ( rst      ),
		.nReset  ( nReset   ),
		.ena     ( ena      ),
		.clk_cnt ( clk_cnt  ),
		.cmd     ( core_cmd ),
		.cmd_ack ( core_ack ),
		.busy    ( i2c_busy ),
		.al      ( i2c_al   ),
		.din     ( core_txd ),
		.dout    ( core_rxd ),
		.scl_i   ( scl_i    ),
		.scl_o   ( scl_o    ),
		.scl_oen ( scl_oen  ),
		.sda_i   ( sda_i    ),
		.sda_o   ( sda_o    ),
		.sda_oen ( sda_oen  ),
		.slave_adr_received ( slave_adr_received  ),
		.slave_adr  ( slave_adr  ),
		.master_mode (master_mode),
		.cmd_slave_ack (slave_ack),
		.slave_cmd (slave_cmd_out),
		.sl_wait (sl_wait),
		.slave_reset (slave_reset)
	);

	reg 		slave_adr_received_d;
	// generate go-signal
	assign go = (read | write | stop) & ~cmd_ack;

	// assign dout output to shift-register
	assign dout = sr;

    always @(posedge clk or negedge nReset)
      if (!nReset)
        slave_adr_received_d <=  1'b0;
      else
        slave_adr_received_d <=   slave_adr_received;

	// generate shift register
	always @(posedge clk or negedge nReset)
	  if (!nReset)
	    sr <= 8'h0;
	  else if (rst)
	    sr <= 8'h0;
	  else if (ld)
	    sr <= din;
	  else if (shift)
	    sr <= {sr[6:0], core_rxd};
      else if (slave_adr_received_d & slave_act)
        sr <=  {slave_adr[7:1], 1'b0};



	// generate counter
	always @(posedge clk or negedge nReset)
	  if (!nReset)
	    dcnt <= 3'h0;
	  else if (rst)
	    dcnt <= 3'h0;
	  else if (ld)
	    dcnt <= 3'h7;
	  else if (shift)
	    dcnt <= dcnt - 3'h1;

	assign cnt_done = ~(|dcnt);

	//
	// state machine
	//
    reg [9:0] 	c_state; // synopsys enum_state



	always @(posedge clk or negedge nReset)
	  if (!nReset)
	    begin
	        sl_wait <=  1'b0;
	        core_cmd <= `I2C_CMD_NOP;
	        core_txd <= 1'b0;
	        shift    <= 1'b0;
	        ld       <= 1'b0;
	        cmd_ack  <= 1'b0;
	        c_state  <= ST_IDLE;
	        ack_out  <= 1'b0;
	        master_mode <= 1'b0;
	        slave_cmd  <= 2'b0;
	        slave_dat_req	<= 1'b0;
	        slave_dat_avail	<= 1'b0;
	        slave_act <= 1'b0;
	        slave_cmd_out <= 2'b0;
	        slave_cmd_ack <= 1'b0;
	    end
     else if (rst | i2c_al | slave_reset)
	   begin
	       core_cmd <= `I2C_CMD_NOP;
	       core_txd <= 1'b0;
	       shift    <= 1'b0;
	       sl_wait  <=  1'b0;
	       ld       <= 1'b0;
	       cmd_ack  <= 1'b0;
	       c_state  <= ST_IDLE;
	       ack_out  <= 1'b0;
	       master_mode <=  1'b0;
	       slave_cmd  <=  2'b0;
	       slave_cmd_out <=  2'b0;
	       slave_dat_req	<=  1'b0;
          slave_dat_avail	<=  1'b0;
          slave_act <=  1'b0;
          slave_cmd_ack <=  1'b0;
	   end
	else
	  begin
	       slave_cmd_out <=  slave_cmd;
	      // initially reset all signals
	      core_txd <= sr[7];
	      shift    <= 1'b0;
	      ld       <= 1'b0;
	      cmd_ack  <= 1'b0;
	      slave_cmd_ack <=  1'b0;

	      case (c_state) // synopsys full_case parallel_case
	        ST_IDLE:
			  begin
			     slave_act <=  1'b0;
			     if (slave_en & slave_adr_received &
				 (slave_adr[7:1] == my_addr )) begin

				c_state  <=  ST_SL_ACK;
				master_mode <=  1'b0;
				slave_act <=  1'b1;
				slave_cmd <=  `I2C_SLAVE_CMD_WRITE;
				core_txd <=  1'b0;

			 end
		 else if (go && !slave_act )
	            begin
	                if (start)
	                  begin
	                      c_state  <= ST_START;
	                      core_cmd <= `I2C_CMD_START;
	                      master_mode <=  1'b1;
	                  end
	                else if (read)
	                  begin
	                      c_state  <= ST_READ;
	                      core_cmd <= `I2C_CMD_READ;
	                  end
	                else if (write)
	                  begin
	                      c_state  <= ST_WRITE;
	                      core_cmd <= `I2C_CMD_WRITE;
	                  end
	                else // stop
	                  begin
	                      c_state  <= ST_STOP;
	                      core_cmd <= `I2C_CMD_STOP;
	                  end

	                ld <= 1'b1;
	           end

	      end
            ST_SL_RD: //If master read, slave sending data
              begin
				 slave_cmd <=  `I2C_SLAVE_CMD_NOP;
				 if (slave_ack) begin
					if (cnt_done) begin
					       c_state   <=  ST_SL_ACK;
					       slave_cmd <=  `I2C_SLAVE_CMD_READ;
					    end
					    else
					      begin
					         c_state   <=  ST_SL_RD;
					         slave_cmd <=  `I2C_SLAVE_CMD_WRITE;
					         shift     <=  1'b1;
					      end
				 end
              end
            ST_SL_WR: //If master write, slave reading data
              begin
		 slave_cmd <=  `I2C_SLAVE_CMD_NOP;
		 if (slave_ack)
	           begin
	              if (cnt_done)
	                begin
	                   c_state  <=  ST_SL_ACK;
	                   slave_cmd <=  `I2C_SLAVE_CMD_WRITE;
	                   core_txd <=  1'b0;
	                end
	              else
	                begin
	                   c_state  <=  ST_SL_WR;
	                   slave_cmd <=  `I2C_SLAVE_CMD_READ;
	                end
	              shift    <=  1'b1;
	           end
	      end
            ST_SL_WAIT: //Wait for interupt-clear and hold SCL in waitstate
              begin
                 sl_wait <=  1'b1;
                 if (sl_cont) begin
                    sl_wait <=  1'b0;
                    ld <=  1'b1;
                    slave_dat_req	<=  1'b0;
                    slave_dat_avail	<=  1'b0;
                    c_state   <=  ST_SL_PRELOAD;
	         end
              end

            ST_SL_PRELOAD:
              if (slave_adr[0]) begin
	         c_state   <=  ST_SL_RD;
	         slave_cmd <=  `I2C_SLAVE_CMD_WRITE;
	      end
	      else begin
	         c_state  <=  ST_SL_WR;
	         slave_cmd <=  `I2C_SLAVE_CMD_READ;
	      end

            ST_SL_ACK:
              begin
		 slave_cmd <=  `I2C_SLAVE_CMD_NOP;
		 if (slave_ack)  begin
                    ack_out <=  core_rxd;
                    slave_cmd_ack  <=  1'b1;
                    if (!core_rxd) begin // Valid ack recived
                       // generate slave command acknowledge signal if
		       // succesful transfer
                       c_state   <=  ST_SL_WAIT;
	               if (slave_adr[0]) begin // I2C read request
	                  slave_dat_req	<=  1'b1;
	               end
	               else begin              // I2C write request
	                  slave_dat_avail	<=  1'b1;
	               end
	            end
	            else begin
	               c_state   <=  ST_IDLE;
	            end
	         end
	         else begin
	            core_txd <=  1'b0;
	         end
	            end

	        ST_START:
	          if (core_ack)
	            begin
	                if (read)
	                  begin
	                      c_state  <= ST_READ;
	                      core_cmd <= `I2C_CMD_READ;
	                  end
	                else
	                  begin
	                      c_state  <= ST_WRITE;
	                      core_cmd <= `I2C_CMD_WRITE;
	                  end

	                ld <= 1'b1;
	            end

	        ST_WRITE:
	          if (core_ack)
	            if (cnt_done)
	              begin
	                  c_state  <= ST_ACK;
	                  core_cmd <= `I2C_CMD_READ;
	              end
	            else
	              begin
	                  c_state  <= ST_WRITE;       // stay in same state
	                  core_cmd <= `I2C_CMD_WRITE; // write next bit
	                  shift    <= 1'b1;
	              end

	        ST_READ:
	          if (core_ack)
	            begin
	                if (cnt_done)
	                  begin
	                      c_state  <= ST_ACK;
	                      core_cmd <= `I2C_CMD_WRITE;
	                  end
	                else
	                  begin
	                      c_state  <= ST_READ;       // stay in same state
	                      core_cmd <= `I2C_CMD_READ; // read next bit
	                  end

	                shift    <= 1'b1;
	                core_txd <= ack_in;
	            end

	        ST_ACK:
	          if (core_ack)
	            begin
	               if (stop)
	                 begin
	                     c_state  <= ST_STOP;
	                     core_cmd <= `I2C_CMD_STOP;
	                 end
	               else
	                 begin
	                     c_state  <= ST_IDLE;
	                     core_cmd <= `I2C_CMD_NOP;

	                     // generate command acknowledge signal
	                     cmd_ack  <= 1'b1;
	                 end

	                 // assign ack_out output to bit_controller_rxd (contains last received bit)
	                 ack_out <= core_rxd;

	                 core_txd <= 1'b1;
	             end
	           else
	             core_txd <= ack_in;

	        ST_STOP:
	          if (core_ack)
	            begin
	                c_state  <= ST_IDLE;
	                core_cmd <= `I2C_CMD_NOP;

	                // generate command acknowledge signal
	                cmd_ack  <= 1'b1;
	            end

	      endcase
	  end
endmodule
/////////////////////////////////////////////////////////////////////
////                                                             ////
////  WISHBONE revB.2 compliant I2C Master controller Top-level  ////
////                                                             ////
////                                                             ////
////          richard@asics.ws                                   ////
////          www.asics.ws                                       ////
////                                                             ////
////  Downloaded from: http://www.opencores.org/projects/i2c/    ////
////                                                             ////
/////////////////////////////////////////////////////////////////////
////                                                             ////
//// Copyright (C) 2001 Richard Herveille                        ////
////                    richard@asics.ws                         ////
////                                                             ////
//// This source file may be used and distributed without        ////
//// restriction provided that this copyright statement is not   ////
//// removed from the file and that any derivative work contains ////
//// the original copyright notice and the associated disclaimer.////
////                                                             ////
////     THIS SOFTWARE IS PROVIDED ``AS IS'' AND WITHOUT ANY     ////
//// EXPRESS OR IMPLIED WARRANTIES, INCLUDING, BUT NOT LIMITED   ////
//// TO, THE IMPLIED WARRANTIES OF MERCHANTABILITY AND FITNESS   ////
//// FOR A PARTICULAR PURPOSE. IN NO EVENT SHALL THE AUTHOR      ////
//// OR CONTRIBUTORS BE LIABLE FOR ANY DIRECT, INDIRECT,         ////
//// INCIDENTAL, SPECIAL, EXEMPLARY, OR CONSEQUENTIAL DAMAGES    ////
//// (INCLUDING, BUT NOT LIMITED TO, PROCUREMENT OF SUBSTITUTE   ////
//// GOODS OR SERVICES; LOSS OF USE, DATA, OR PROFITS; OR        ////
//// BUSINESS INTERRUPTION) HOWEVER CAUSED AND ON ANY THEORY OF  ////
//// LIABILITY, WHETHER IN  CONTRACT, STRICT LIABILITY, OR TORT  ////
//// (INCLUDING NEGLIGENCE OR OTHERWISE) ARISING IN ANY WAY OUT  ////
//// OF THE USE OF THIS SOFTWARE, EVEN IF ADVISED OF THE         ////
//// POSSIBILITY OF SUCH DAMAGE.                                 ////
////                                                             ////
/////////////////////////////////////////////////////////////////////

//  CVS Log
//
//  $Id: i2c_master_top.v,v 1.12 2009-01-19 20:29:26 rherveille Exp $
//
//  $Date: 2009-01-19 20:29:26 $
//  $Revision: 1.12 $
//  $Author: rherveille $
//  $Locker:  $
//  $State: Exp $
//
// Change History:
//               Revision 1.11  2005/02/27 09:26:24  rherveille
//               Fixed register overwrite issue.
//               Removed full_case pragma, replaced it by a default statement.
//
//               Revision 1.10  2003/09/01 10:34:38  rherveille
//               Fix a blocking vs. non-blocking error in the wb_dat output mux.
//
//               Revision 1.9  2003/01/09 16:44:45  rherveille
//               Fixed a bug in the Command Register declaration.
//
//               Revision 1.8  2002/12/26 16:05:12  rherveille
//               Small code simplifications
//
//               Revision 1.7  2002/12/26 15:02:32  rherveille
//               Core is now a Multimaster I2C controller
//
//               Revision 1.6  2002/11/30 22:24:40  rherveille
//               Cleaned up code
//
//               Revision 1.5  2001/11/10 10:52:55  rherveille
//               Changed PRER reset value from 0x0000 to 0xffff, conform specs.
//

// `include "i2c_master_defines.v"

module i2c_master_top
  (
	wb_clk_i, wb_rst_i, arst_i, wb_adr_i, wb_dat_i, wb_dat_o,
	wb_we_i, wb_stb_i, wb_cyc_i, wb_ack_o, wb_inta_o,
	scl_pad_i, scl_pad_o, scl_padoen_o, sda_pad_i, sda_pad_o, sda_padoen_o );

	// parameters
    parameter ARST_LVL = 1'b1; // asynchronous reset level
    parameter [6:0] DEFAULT_SLAVE_ADDR  = 7'b111_1110;
	//
	// inputs & outputs
	//

	// wishbone signals
	input        wb_clk_i;     // master clock input
	input        wb_rst_i;     // synchronous active high reset
	input        arst_i;       // asynchronous reset
	input  [2:0] wb_adr_i;     // lower address bits
	input  [7:0] wb_dat_i;     // databus input
	output [7:0] wb_dat_o;     // databus output
	input        wb_we_i;      // write enable input
	input        wb_stb_i;     // stobe/core select signal
	input        wb_cyc_i;     // valid bus cycle input
	output       wb_ack_o;     // bus cycle acknowledge output
	output       wb_inta_o;    // interrupt request signal output

	reg [7:0] wb_dat_o;
	reg wb_ack_o;
	reg wb_inta_o;

	// I2C signals
	// i2c clock line
	input  scl_pad_i;       // SCL-line input
	output scl_pad_o;       // SCL-line output (always 1'b0)
	output scl_padoen_o;    // SCL-line output enable (active low)

	// i2c data line
	input  sda_pad_i;       // SDA-line input
	output sda_pad_o;       // SDA-line output (always 1'b0)
	output sda_padoen_o;    // SDA-line output enable (active low)


	//
	// variable declarations
	//

	// registers
	reg  [15:0] prer; // clock prescale register
	reg  [ 7:0] ctr;  // control register
	reg  [ 7:0] txr;  // transmit register
	wire [ 7:0] rxr;  // receive register
	reg  [ 7:0] cr;   // command register
	wire [ 7:0] sr;   // status register
	reg  [ 6:0] sladr;// slave address register

	// done signal: command completed, clear command register
	wire done;
	wire slave_done;
	// core enable signal
	wire core_en;
	wire ien;
	wire slave_en;
	wire slave_dat_req;
	wire slave_dat_avail;

	// status register signals
	wire irxack;
	reg  rxack;       // received aknowledge from slave
	reg  tip;         // transfer in progress
	reg  irq_flag;    // interrupt pending flag
	wire i2c_busy;    // bus busy (start signal detected)
	wire i2c_al;      // i2c bus arbitration lost
	reg  al;          // status register arbitration lost bit
	reg  slave_mode;
	//
	// module body
	//
	wire  slave_act;
	// generate internal reset
	wire rst_i = arst_i ^ ARST_LVL;

	// generate wishbone signals
	wire wb_wacc = wb_we_i & wb_ack_o;

	// generate acknowledge output signal ...
	always @(posedge wb_clk_i)
    // ... because timing is always honored.
    wb_ack_o <=  wb_cyc_i & wb_stb_i & ~wb_ack_o;

	// assign DAT_O
	always @(posedge wb_clk_i)
	begin
	  case (wb_adr_i) // synopsys parallel_case
	    3'b000: wb_dat_o <= prer[ 7:0];
	    3'b001: wb_dat_o <= prer[15:8];
	    3'b010: wb_dat_o <= ctr;
	    3'b011: wb_dat_o <= rxr; // write is transmit register (txr)
	    3'b100: wb_dat_o <= sr;  // write is command register (cr)
	    3'b101: wb_dat_o <= txr; // Debug out of TXR
	    3'b110: wb_dat_o <= cr;  // Debug out control reg
	    3'b111: wb_dat_o <= {1'b0,sladr};   // slave address register
	  endcase
	end

	// generate registers
	always @(posedge wb_clk_i or negedge rst_i)
	  if (!rst_i)
	    begin
	        prer <= 16'hffff;
	        ctr  <=  8'h0;
	        txr  <=  8'h0;
	        sladr <=  DEFAULT_SLAVE_ADDR;
	    end
	  else if (wb_rst_i)
	    begin
	        prer <= 16'hffff;
	        ctr  <=  8'h0;
	        txr  <=  8'h0;
	        sladr <=  DEFAULT_SLAVE_ADDR;
	    end
	  else
	    if (wb_wacc)
	      case (wb_adr_i) // synopsys parallel_case
	         3'b000 : prer [ 7:0] <= wb_dat_i;
	         3'b001 : prer [15:8] <= wb_dat_i;
	         3'b010 : ctr         <= wb_dat_i;
	         3'b011 : txr         <= wb_dat_i;
	         3'b111 : sladr       <=  wb_dat_i[6:0];
	         default: ;
	      endcase

	// generate command register (special case)
	always @(posedge wb_clk_i or negedge rst_i)
	  if (!rst_i)
	    cr <= 8'h0;
	  else if (wb_rst_i)
	    cr <= 8'h0;
	  else if (wb_wacc)
	    begin
	        if (core_en & (wb_adr_i == 3'b100) )
	          cr <= wb_dat_i;
	    end
	  else
	    begin
	        cr[1] <=  1'b0;
	        if (done | i2c_al)
	          cr[7:4] <= 4'h0;           // clear command bits when done
	                                        // or when aribitration lost
	        cr[2] <=  1'b0;             // reserved bits
	        cr[0]   <= 1'b0;             // clear IRQ_ACK bit
	    end


	// decode command register
	wire sta  = cr[7];
	wire sto  = cr[6];
	wire rd   = cr[5];
	wire wr   = cr[4];
	wire ack  = cr[3];
	wire sl_cont = cr[1];
	wire iack = cr[0];

	// decode control register
	assign core_en = ctr[7];
	assign ien = ctr[6];
	assign slave_en = ctr[5];


	// hookup byte controller block
	i2c_master_byte_ctrl byte_controller (
		.clk      ( wb_clk_i     ),
		.my_addr  ( sladr        ),
		.rst      ( wb_rst_i     ),
		.nReset   ( rst_i        ),
		.ena      ( core_en      ),
		.clk_cnt  ( prer         ),
		.start    ( sta          ),
		.stop     ( sto          ),
		.read     ( rd           ),
		.write    ( wr           ),
		.ack_in   ( ack          ),
		.din      ( txr          ),
		.cmd_ack  ( done         ),
		.ack_out  ( irxack       ),
		.dout     ( rxr          ),
		.i2c_busy ( i2c_busy     ),
		.i2c_al   ( i2c_al       ),
		.scl_i    ( scl_pad_i    ),
		.scl_o    ( scl_pad_o    ),
		.scl_oen  ( scl_padoen_o ),
		.sda_i    ( sda_pad_i    ),
		.sda_o    ( sda_pad_o    ),
		.sda_oen  ( sda_padoen_o ),
		.sl_cont  ( sl_cont       ),
		.slave_en ( slave_en      ),
		.slave_dat_req (slave_dat_req),
		.slave_dat_avail (slave_dat_avail),
		.slave_act (slave_act),
		.slave_cmd_ack (slave_done)
	);

	// status register block + interrupt request signal
	always @(posedge wb_clk_i or negedge rst_i)
	  if (!rst_i)
	    begin
	        al       <= 1'b0;
	        rxack    <= 1'b0;
	        tip      <= 1'b0;
	        irq_flag <= 1'b0;
	        slave_mode <=  1'b0;
	    end
	  else if (wb_rst_i)
	    begin
	        al       <= 1'b0;
	        rxack    <= 1'b0;
	        tip      <= 1'b0;
	        irq_flag <= 1'b0;
	        slave_mode <=  1'b0;
	    end
	  else
	    begin
	        al       <= i2c_al | (al & ~sta);
	        rxack    <= irxack;
	        tip      <= (rd | wr);
	        // interrupt request flag is always generated
	        irq_flag <=  (done | slave_done| i2c_al | slave_dat_req |
	        		      slave_dat_avail | irq_flag) & ~iack;
	        if (done)
	          slave_mode <=  slave_act;

	    end

	// generate interrupt request signals
	always @(posedge wb_clk_i or negedge rst_i)
	  if (!rst_i)
	    wb_inta_o <= 1'b0;
	  else if (wb_rst_i)
	    wb_inta_o <= 1'b0;
	  else
        // interrupt signal is only generated when IEN (interrupt enable bit
        // is set)
        wb_inta_o <=  irq_flag && ien;

	// assign status register bits
	assign sr[7]   = rxack;
	assign sr[6]   = i2c_busy;
	assign sr[5]   = al;
	assign sr[4]   = slave_mode; // reserved
	assign sr[3]   = slave_dat_avail;
	assign sr[2]   = slave_dat_req;
	assign sr[1]   = tip;
	assign sr[0]   = irq_flag;

endmodule